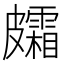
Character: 𥀸